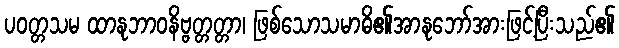
ပဝတ္တသမ ထာနုဘာဝနိဗ္ဗတ္တတ္တာ၊ ဖြစ်သောသမာဓိ၏အာနုဘော်အားဖြင့်ပြီးသည်၏